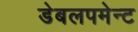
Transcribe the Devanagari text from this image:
डेबलपमेन्ट